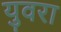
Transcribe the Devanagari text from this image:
युवरा